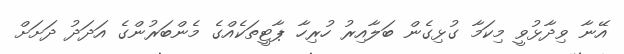
އޭނާ ވިދާޅުވީ މިކަމާ ގުޅިގެން ބަލާއިރު ހުރިހާ ޕާޓީތަކެއްގެ މެންބަރުންގެ އަދަދު ދަށަށް